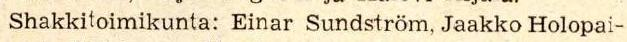
Shakkitoimikunta: Einar Sundström, Jaakko Holopai-